Medical and sanitary report of the native army of Bengal for the year
Year: 1874
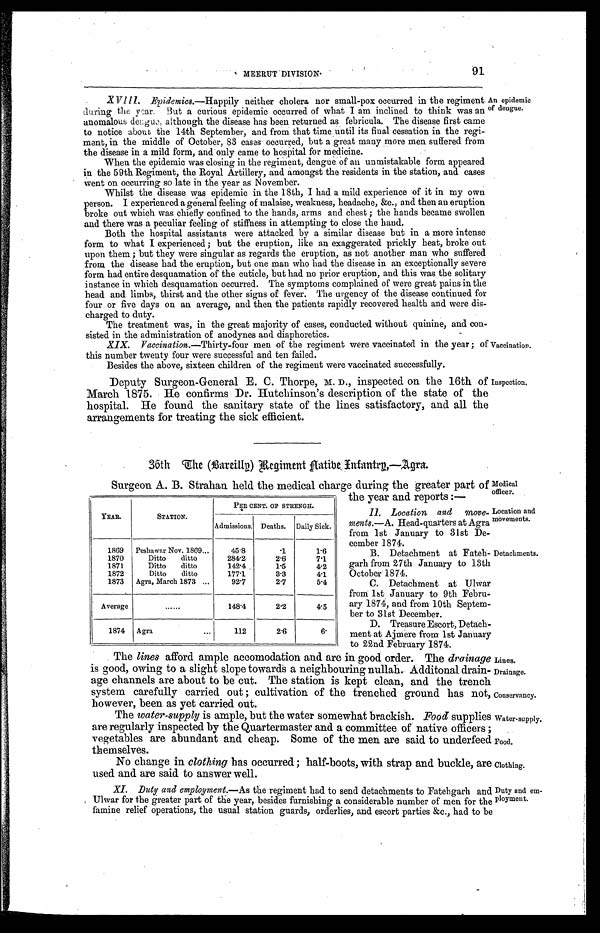
II . Location, and move
-ments .—A. Head-quarters at Agra
from 1st January to 31st De
-cember 1874.
B. Detachment at Fateh
-garh from 27th January to 13th
October 1874.
C. Detachment at Ulwar
from 1st January to 9th Febru
-ary 1874, and from 10th Septem
-ber to 31st December.
D. Treasure Escort, Detach-
-ment at Ajmere from 1st January
to 22nd February. 1874.
Lines.
Drainage.
Conservancy.
Water-supply.
Food.
Clothing.
91
MEERUT DIVISION.
XVIII. Epidemics.—Happily neither cholera nor small-pox occurred in the regiment
during the year. But a curious epidemic occurred of what I am inclined to think was an
anomalous dengue, although the disease has been returned as febricula. The disease first came
to notice about the 14th September, and from that time until its final cessation in the regi-
ment, in the middle of October, 83 cases occurred, but a great many more men suffered from
the disease in a mild form, and only came to hospital for medicine.
When the epidemic was closing in the regiment, dengue of an unmistakable form appeared
in the 59th Regiment, the Royal Artillery, and amongst the residents in the station, and cases
went on occurring so late in the year as November.
An epidemic
of dengue.
Whilst the disease was epidemic in the 18th, I had a mild experience of it in my own
person. I experienced a general feeling of malaise, weakness, headache, &c., and then an eruption
broke out which was chiefly confined to the hands, arms and chest ; the hands became swollen
and there was a peculiar feeling of stiffness in attempting to close the hand.
Both the hospital assistants were attacked by a similar disease but in a more intense
form to what I experienced ; but the eruption, like an exaggerated prickly heat, broke out
upon them ; but they were singular as regards the eruption, as not another man who suffered
from the disease had the eruption, but one man who had the disease in an exceptionally severe
form had entire desquamation of the cuticle, but had no prior eruption, and this was the solitary
instance in which desquamation occurred. The symptoms complained of were great pains in the
head and limbs, thirst and the other signs of fever. The urgency of the disease continued for
four or five days on an average, and then the patients rapidly recovered health and were dis-
-charged to duty.
The treatment was, in the great majority of cases, conducted without quinine, and con
-sisted in the administration of anodynes and diaphoretics.
XIX. Vaccination .—Thirty-four men of the regiment were vaccinated in the year; of
this number twenty four were successful and ten failed.
Besides the above, sixteen children of the regiment were vaccinated successfully.
Deputy Surgeon-General E. C. Thorpe, M. D., inspected on the 16th of
March 1875. He confirms Dr. Hutchinson's description of the state of the
hospital. He found the sanitary state of the lines satisfactory, and all the
arrangements for treating the sick efficient.
Vaccination.
Inspection.
36th The (Bareilly) Begiment Aatibe Enfantry,—Agra.
Surgeon A. B. Strahan held the medical charge during the greater part of
the year and reports :—
Medical
officer.
YEAR.
STATION.
PERCENT. OF STRENGH.
Admissions.
Deaths.
Daily Sick.
1869
Peshawar Nov. 1869 . . .
45.8
.1
1.6
1870
Ditto ditto
284.2
2.6
7.1
1871
Ditto ditto
142.4
1.5
4.2
1872
Ditto ditto
177.1
3.3
4.1
1873
Agra, March 1873 . . .
92.7
2.7
5.4
Average
. . .
148.4
2.2
4.5
1874
Agra . . .
112
2.6
6.
Location and
movements.
Detachments.
The lines afford ample accomodation and are in good order. The drainage
is good, owing to a slight slope towards a neighbouring nullah. Additonal drain
-age channels are about to be cut. The station is kept clean, and the trench
system carefully carried out ; cultivation of the trenched ground has not,
however, been as yet carried out.
The water-supply is ample, but the water somewhat brackish. Food supplies
are regularly inspected by the Quartermaster and a committee of native officers ;
vegetables are abundant and cheap. Some of the men are said to underfeed
themselves.
No change in clothing has occurred ; half-boots, with strap and buckle, arc
used and are said to answer well.
XI. Duty and employment .—As the regiment had to send detachments to Fatehgarh and
Ulwar for the greater part of the year, besides furnishing a considerable number of men for the
famine relief operations, the usual station guards, orderlies, and escort parties &c., had to be
Duty and em
-ployment.